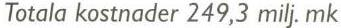
Totala kostnader 249,3 milj. mk